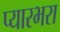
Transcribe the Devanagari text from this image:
प्यारभरा